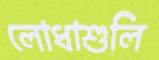
লোধাশুলি